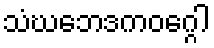
သံဃဘေဒကဝဂ္ဂေါ